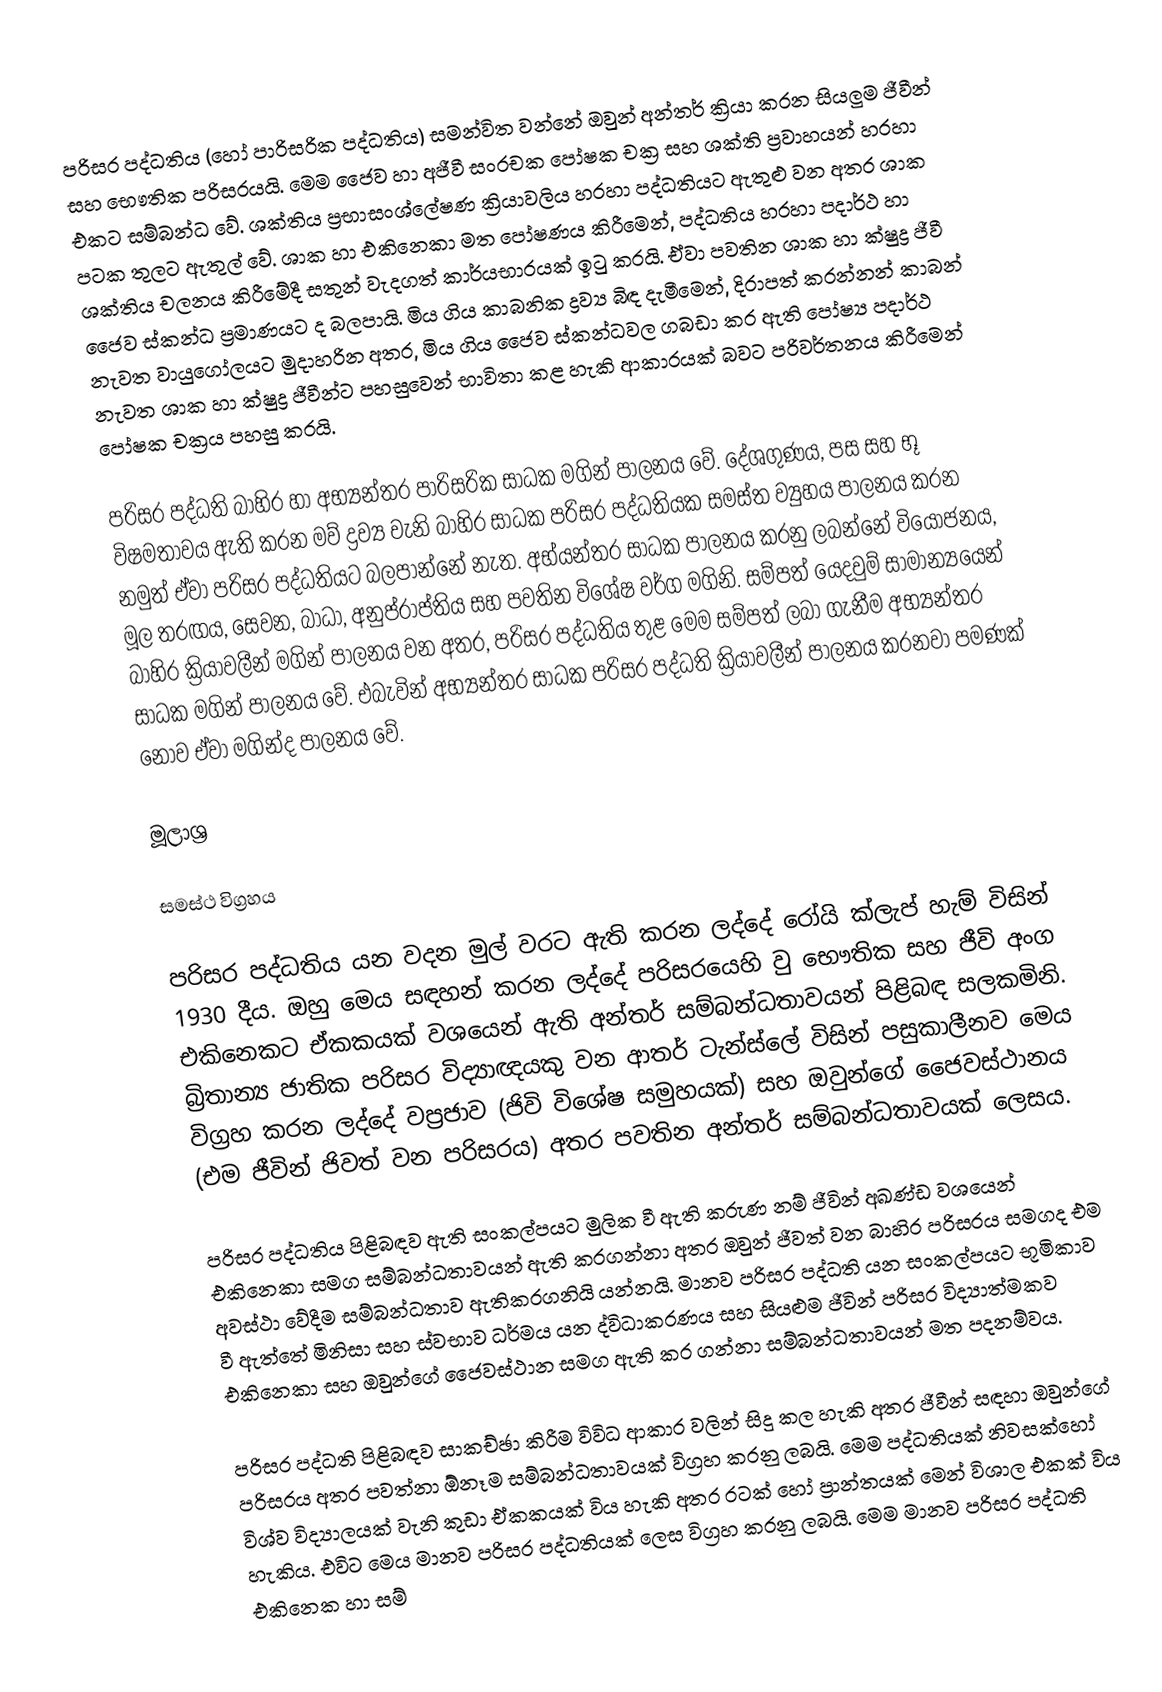
පරිසර පද්ධතිය (හෝ පාරිසරික පද්ධතිය) සමන්විත වන්නේ ඔවුන් අන්තර් ක්‍රියා කරන සියලුම ජීවීන් සහ භෞතික පරිසරයයි. මෙම ජෛව හා අජීවී සංරචක පෝෂක චක්‍ර සහ ශක්ති ප්‍රවාහයන් හරහා එකට සම්බන්ධ වේ. ශක්තිය ප්‍රභාසංශ්ලේෂණ ක්‍රියාවලිය හරහා පද්ධතියට ඇතුළු වන අතර ශාක පටක තුලට ඇතුල් වේ. ශාක හා එකිනෙකා මත පෝෂණය කිරීමෙන්, පද්ධතිය හරහා පදාර්ථ හා ශක්තිය චලනය කිරීමේදී සතුන් වැදගත් කාර්යභාරයක් ඉටු කරයි. ඒවා පවතින ශාක හා ක්ෂුද්‍ර ජීවී ජෛව ස්කන්ධ ප්‍රමාණයට ද බලපායි. මිය ගිය කාබනික ද්‍රව්‍ය බිඳ දැමීමෙන්, දිරාපත් කරන්නන් කාබන් නැවත වායුගෝලයට මුදාහරින අතර, මිය ගිය ජෛව ස්කන්ධවල ගබඩා කර ඇති පෝෂ්‍ය පදාර්ථ නැවත ශාක හා ක්ෂුද්‍ර ජීවීන්ට පහසුවෙන් භාවිතා කළ හැකි ආකාරයක් බවට පරිවර්තනය කිරීමෙන් පෝෂක චක්‍රය පහසු කරයි.

පරිසර පද්ධති බාහිර හා අභ්‍යන්තර පාරිසරික සාධක මගින් පාලනය වේ. දේශගුණය, පස සහ භූ විෂමතාවය ඇති කරන මව් ද්‍රව්‍ය වැනි බාහිර සාධක පරිසර පද්ධතියක සමස්ත ව්‍යුහය පාලනය කරන නමුත් ඒවා පරිසර පද්ධතියට බලපාන්නේ නැත. අභ්යන්තර සාධක පාලනය කරනු ලබන්නේ වියෝජනය, මූල තරඟය, සෙවන, බාධා, අනුප්රාප්තිය සහ පවතින විශේෂ වර්ග මගිනි. සම්පත් යෙදවුම් සාමාන්‍යයෙන් බාහිර ක්‍රියාවලීන් මගින් පාලනය වන අතර, පරිසර පද්ධතිය තුළ මෙම සම්පත් ලබා ගැනීම අභ්‍යන්තර සාධක මගින් පාලනය වේ. එබැවින් අභ්‍යන්තර සාධක පරිසර පද්ධති ක්‍රියාවලීන් පාලනය කරනවා පමණක් නොව ඒවා මගින්ද පාලනය වේ.

මූලාශ්‍ර

සමස්ථ විග්‍රහය

පරිසර පද්ධතිය යන වදන මුල් වරට ඇති කරන ලද්දේ රෝයි ක්ලැප් හැම් විස‍ින් 1930 දීය. ඔහු මෙය සඳහන් කරන ලද්දේ පරිස‍රයෙහි වු භෞතික සහ ජීවි අංග එකිනෙකට ඒකකයක් වශයෙන් ඇති අන්තර් සම්බන්ධතාවයන් පිළිබඳ සලකමිනි. බ්‍රිතාන්‍ය ජාතික පරිසර විද්‍යාඥයකු වන ආතර් ටැන්ස්ලේ විසින් පසුකාලීනව මෙය විග්‍රහ කරන ලද්දේ වප්‍රජාව (ජිවි විශේෂ සමුහයක්) සහ ඔවුන්ගේ ජෛවස්ථානය (එම ජීවින් ජිවත් වන පරිසරය) අතර පවතින අන්තර් සම්බන්ධතාවයක් ලෙසය.

පරිසර පද්ධතිය පිළිබඳව ඇති සංකල්පයට මුලික වී ඇති කරුණ නම් ජීවින් අඛණ්ඩ වශයෙන් එකිනෙකා සමග සම්බන්ධතාවයන් ඇති කරගන්නා අතර ඔවුන් ජීවත් වන බාහිර පරිසරය සමගද එම අවස්ථා වේදීම සම්බන්ධතාව ඇතිකරගනියි යන්නයි. මානව පරිසර පද්ධති යන සංකල්පයට භූමිකාව වී ඇත්තේ මිනිසා සහ ස්වභාව ධර්මය යන ද්විධාකරණය සහ සියළුම ජීවින් පරිසර විද්‍යාත්මකව එකිනෙකා සහ ඔවුන්ගේ ජෛවස්ථාන සමග ඇති කර ගන්නා සම්බන්ධතාවයන් මත පදනම්වය.

පරිසර පද්ධති පිළිබඳව සාකච්ඡා කිරීම විවිධ ආකාර වලින් සිදු කල හැකි අතර ජීවීන් සඳහා ඔවුන්ගේ පරිසරය අතර පවත්නා ඕනෑම සම්බන්ධතාවයක් විග්‍රහ කරනු ලබයි. මෙම පද්ධතියක් නිවසක්හෝ විශ්ව විද්‍යාලයක් වැනි කුඩා ඒකකයක් විය හැකි අතර රටක් හෝ ප්‍රාන්තයක් මෙන් විශාල එකක් විය හැකිය. එවිට මෙය මානව පරිසර පද්ධතියක් ලෙස විග්‍රහ කරනු ලබයි. මෙම මානව පරිසර පද්ධති එකිනෙක හා සම්